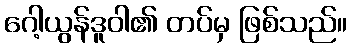
ဂေါ့ယွန်ဒူဝါ၏ တပ်မှ ဖြစ်သည်။